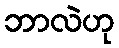
ဘာလဲဟု